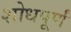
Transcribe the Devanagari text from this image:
शोधपूर्णं